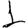
Digit: 1